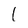
Character: 1